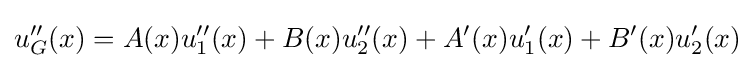
u_{G}''(x)=A(x)u_{1}''(x)+B(x)u_{2}''(x)+A'(x)u_{1}'(x)+B'(x)u_{2}'(x)